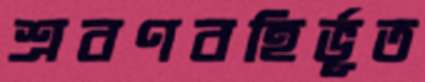
শ্রবণবহির্ভূত